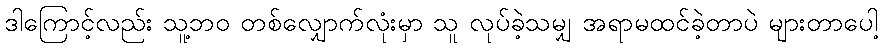
ဒါကြောင့်လည်း သူ့ဘဝ တစ်လျှောက်လုံးမှာ သူ လုပ်ခဲ့သမျှ အရာမထင်ခဲ့တာပဲ များတာပေါ့